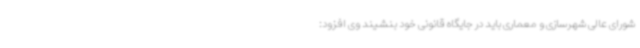
شورای عالی شهرسازی و معماری باید در جایگاه قانونی خود بنشیند وی افزود: